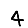
Digit: 4